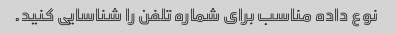
نوع داده مناسب برای شماره تلفن را شناسایی کنید.